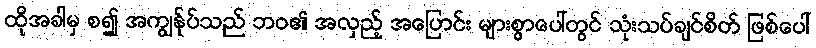
ထိုအခါမှ စ၍ အကျွန်ုပ်သည် ဘဝ၏ အလှည့် အပြောင်း များစွာပေါ်တွင် သုံးသပ်ချင်စိတ် ဖြစ်ပေါ်